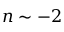
n \sim - 2